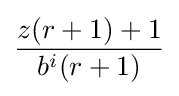
{\frac {z(r+1)+1}{b^{i}(r+1)}}